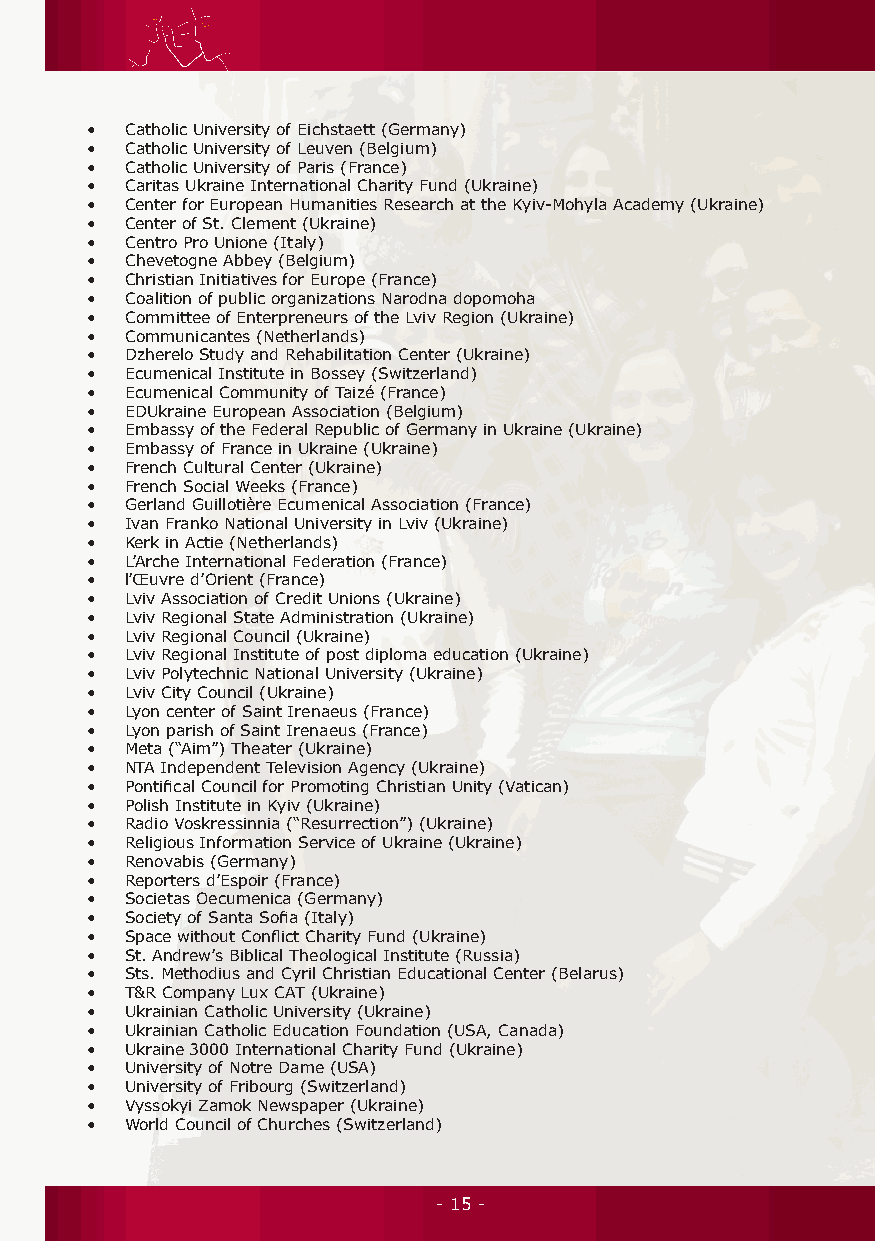
• Catholic University of Eichstaett (Germany)
 • Catholic University of Leuven (Belgium)
 • Catholic University of Paris (France)
 • Caritas Ukraine International Charity Fund (Ukraine)
 • Center for European Humanities Research at the Kyiv-Mohyla Academy (Ukraine)
 • Center of St. Clement (Ukraine)
 • Centro Pro Unione (Italy)
 • Chevetogne Abbey (Belgium)
 • Christian Initiatives for Europe (France)
 • Coalition of public organizations Narodna dopomoha
 • Committee of Enterpreneurs of the Lviv Region (Ukraine)
 • Communicantes (Netherlands)
 • Dzherelo Study and Rehabilitation Center (Ukraine)
 • Ecumenical Institute in Bossey (Switzerland)
 • Ecumenical Community of Taizé (France)
 • EDUkraine European Association (Belgium)
 • Embassy of the Federal Republic of Germany in Ukraine (Ukraine)
 • Embassy of France in Ukraine (Ukraine)
 • French Cultural Center (Ukraine)
 • French Social Weeks (France)
 • Gerland Guillotière Ecumenical Association (France)
 • Ivan Franko National University in Lviv (Ukraine)
 • Kerk in Actie (Netherlands)
 • L’Arche International Federation (France)
 • l’Œuvre d’Orient (France)
 • Lviv Association of Credit Unions (Ukraine)
 • Lviv Regional State Administration (Ukraine)
 • Lviv Regional Council (Ukraine)
 • Lviv Regional Institute of post diploma education (Ukraine)
 • Lviv Polytechnic National University (Ukraine)
 • Lviv City Council (Ukraine)
 • Lyon center of Saint Irenaeus (France)
 • Lyon parish of Saint Irenaeus (France)
 • Meta (“Aim”) Theater (Ukraine)
 • NTA Independent Television Agency (Ukraine)
 • Pontifical Council for Promoting Christian Unity (Vatican)
 • Polish Institute in Kyiv (Ukraine)
 • Radio Voskressinnia (“Resurrection”) (Ukraine)
 • Religious Information Service of Ukraine (Ukraine)
 • Renovabis (Germany)
 • Reporters d’Espoir (France)
 • Societas Oecumenica (Germany)
 • Society of Santa Sofia (Italy)
 • Space without Conflict Charity Fund (Ukraine)
 • St. Andrew’s Biblical Theological Institute (Russia)
 • Sts. Methodius and Cyril Christian Educational Center (Belarus)
 • T&R Company Lux CAT (Ukraine)
 • Ukrainian Catholic University (Ukraine)
 • Ukrainian Catholic Education Foundation (USA, Canada)
 • Ukraine 3000 International Charity Fund (Ukraine)
 • University of Notre Dame (USA)
 • University of Fribourg (Switzerland)
 • Vyssokyi Zamok Newspaper (Ukraine)
 • World Council of Churches (Switzerland)
 - 15 -